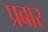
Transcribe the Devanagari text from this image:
प्रबार